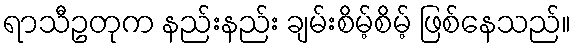
ရာသီဥတုက နည်းနည်း ချမ်းစိမ့်စိမ့် ဖြစ်နေသည်။